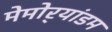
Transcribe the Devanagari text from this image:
मेमोर्‍यांडम